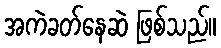
အကဲခတ်နေဆဲ ဖြစ်သည်။